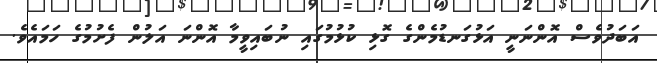
އަބަދުވެސް އޮންނަނީ އަޅުގަނޑުމެންގެ ގޮޅި ކުޅުމުގައި ނުބައިވީމާ އޮންނަ އަލުން ފެށުމުގެ ހަމައެވެ.